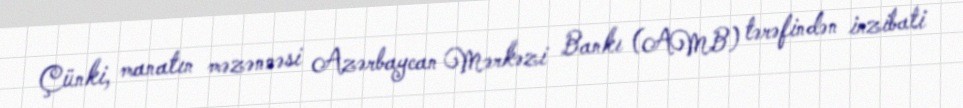
Çünki, manatın məzənnəsi Azərbaycan Mərkəzi Bankı (AMB) tərəfindən inzibati